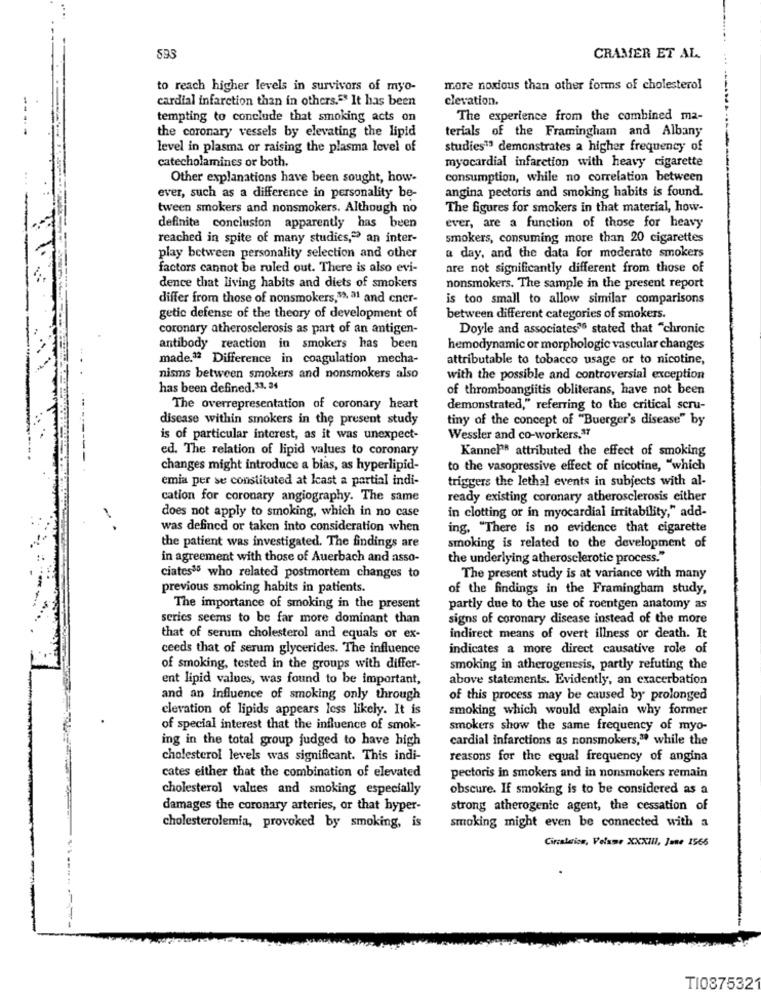
593
CRAMER ET AL.
to reach higher levels in survivors of myo-
more noxious than other forms of cholesterol
cardial infarction than in others." It has been
clevation.
tempting to conclude that smoking acts on
The experience from the combined ma-
the coronary vessels by elevating the lipid
terials of the Framingham and Albany
level in plasma or raising the plasma level of
studies" demonstrates a higher frequency of
catecholamines or both.
myocardial infarction with heavy cigarette
Other explanations have been sought, how-
consumption, while no correlation between
angina pectoris and smoking habits is found.
ever, such as a difference in personality be-
tween smokers and nonsmokers. Although no
The figures for smokers in that material, how-
definite conclusion apparently has been
ever, are a function of those for heavy
reached in spite of many studies," an inter-
smokers, consuming more than 20 cigarettes
play between personality selection and other
a day, and the data for moderate smokers
factors cannot be ruled out. There is also evi-
are not significantly different from those of
dence that living habits and diets of smokers
nonsmokers. The sample in the present report
differ from those of nonsmokers,59, al and cner-
is too small to allow similar comparisons
getic defense of the theory of development of
between different categories of smokers.
coronary atherosclerosis as part of an antigen-
Doyle and associates" stated that "chronic
antibody reaction in smokers has been
hemodynamic or morphologie vascular changes
made.22 Difference in coagulation mecha-
attributable to tobacco usage or to nicotine,
nisms between smokers and nonsmokers also
with the possible and controversial exception
has been defined.33. 34
of thromboangiitis obliterans, have not been
The overrepresentation of coronary heart
demonstrated," referring to the critical scru-
disease within smokers in the present study
tiny of the concept of "Buerger's disease" by
is of particular interest, as it was unexpect-
Wessler and co-workers.37
ed. The relation of lipid values to coronary
KannePR attributed the effect of smoking
changes might introduce a bias, as hyperlipid-
to the vasopressive effect of nicotine, "which
emia per se constituted at least a partial indi-
triggers the lethal events in subjects with al-
cation for coronary angiography. The same
ready existing coronary atherosclerosis either
does not apply to smoking, which in no case
in clotting or in myocardial irritability," add-
was defined or taken into consideration when
ing, "There is no evidence that cigarette
the patient was investigated. The findings are
smoking is related to the development of
in agreement with those of Auerbach and asso-
the underlying atherosclerotic process."
ciates35 who related postmortem changes to
The present study is at variance with many
previous smoking habits in patients.
of the findings in the Framingham study,
The importance of smoking in the present
partly due to the use of roentgen anatomy as
series seems to be far more dominant than
signs of coronary disease instead of the more
that of serum cholesterol and equals or ex-
indirect means of overt illness or death. It
ceeds that of serum glycerides. The influence
indicates a more direct causative role of
of smoking, tested in the groups with differ-
smoking in atherogenesis, partly refuting the
ent lipid values, was found to be important,
above statements. Evidently, an exacerbation
and an influence of smoking only through
of this process may be caused by prolonged
elevation of lipids appears less likely. It is
smoking which would explain why former
of special interest that the influence of smok-
smokers show the same frequency of myo-
ing in the total group judged to have high
cardial infarctions as nonsmokers," while the
cholesterol levels was significant. This indi-
reasons for the equal frequency of angina
cates either that the combination of elevated
pectoris in smokers and in nonsmokers remain
cholesterol values and smoking especially
obscure. If smoking is to be considered as a
damages the coronary arteries, or that hyper-
strong atherogenic agent, the cessation of
cholesterolemia, provoked by smoking, is
smoking might even be connected with a
Circulation, Volume XXXIII, June 1566
TI0875321